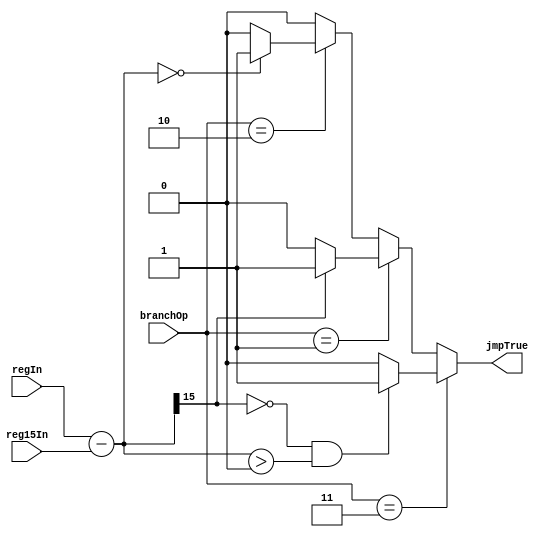
module CMPR( branchOp, regIn, reg15In, jmpTrue);
input [1:0] branchOp;
input [15:0] regIn, reg15In;
output reg jmpTrue;
reg [15:0] result;

always@(*)
begin

result = regIn - reg15In;

	if( branchOp == 2'b11 ) begin
		if( ( result[15] == 0 ) && ( result > 0 ) )
			jmpTrue = 1;
		else
			jmpTrue = 0;
	end

	else if( branchOp == 2'b01 ) begin
		if( result[15] == 1 )
			jmpTrue = 1;
		else
			jmpTrue = 0;
	end

	else if( branchOp == 2'b10) begin
		if( result == 0	)
			jmpTrue = 1;
		else
			jmpTrue = 0;
	end

	else
		jmpTrue = 0;

end

endmodule